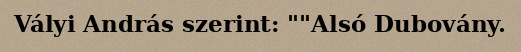
Vályi András szerint: ""Alsó Dubovány.